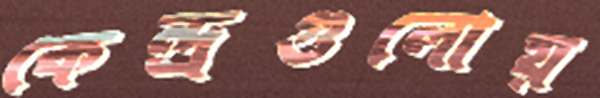
কেন্দ্রগুলোয়